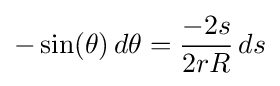
-\sin(\theta )\,d\theta ={\frac {-2s}{2rR}}\,ds